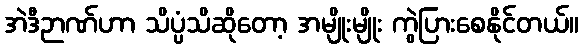
အဲဒီဉာဏ်ဟာ သိပ္ပံသိဆိုတော့ အမျိုးမျိုး ကွဲပြားစေနိုင်တယ်။